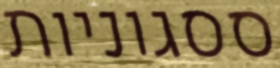
ססגוניות